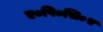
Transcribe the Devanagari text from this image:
ए०पि०सि०ए